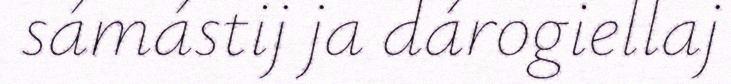
sámástij ja dárogiellaj